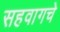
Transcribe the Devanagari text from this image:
सहवागचे